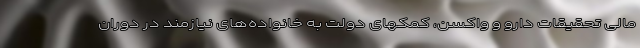
مالی تحقیقات دارو و واکسن، کمکهای دولت به خانواده‌های نیازمند در دوران